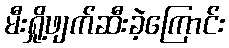
မီးရှို့ဖျက်ဆီးခဲ့ကြောင်း